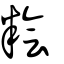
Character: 糩